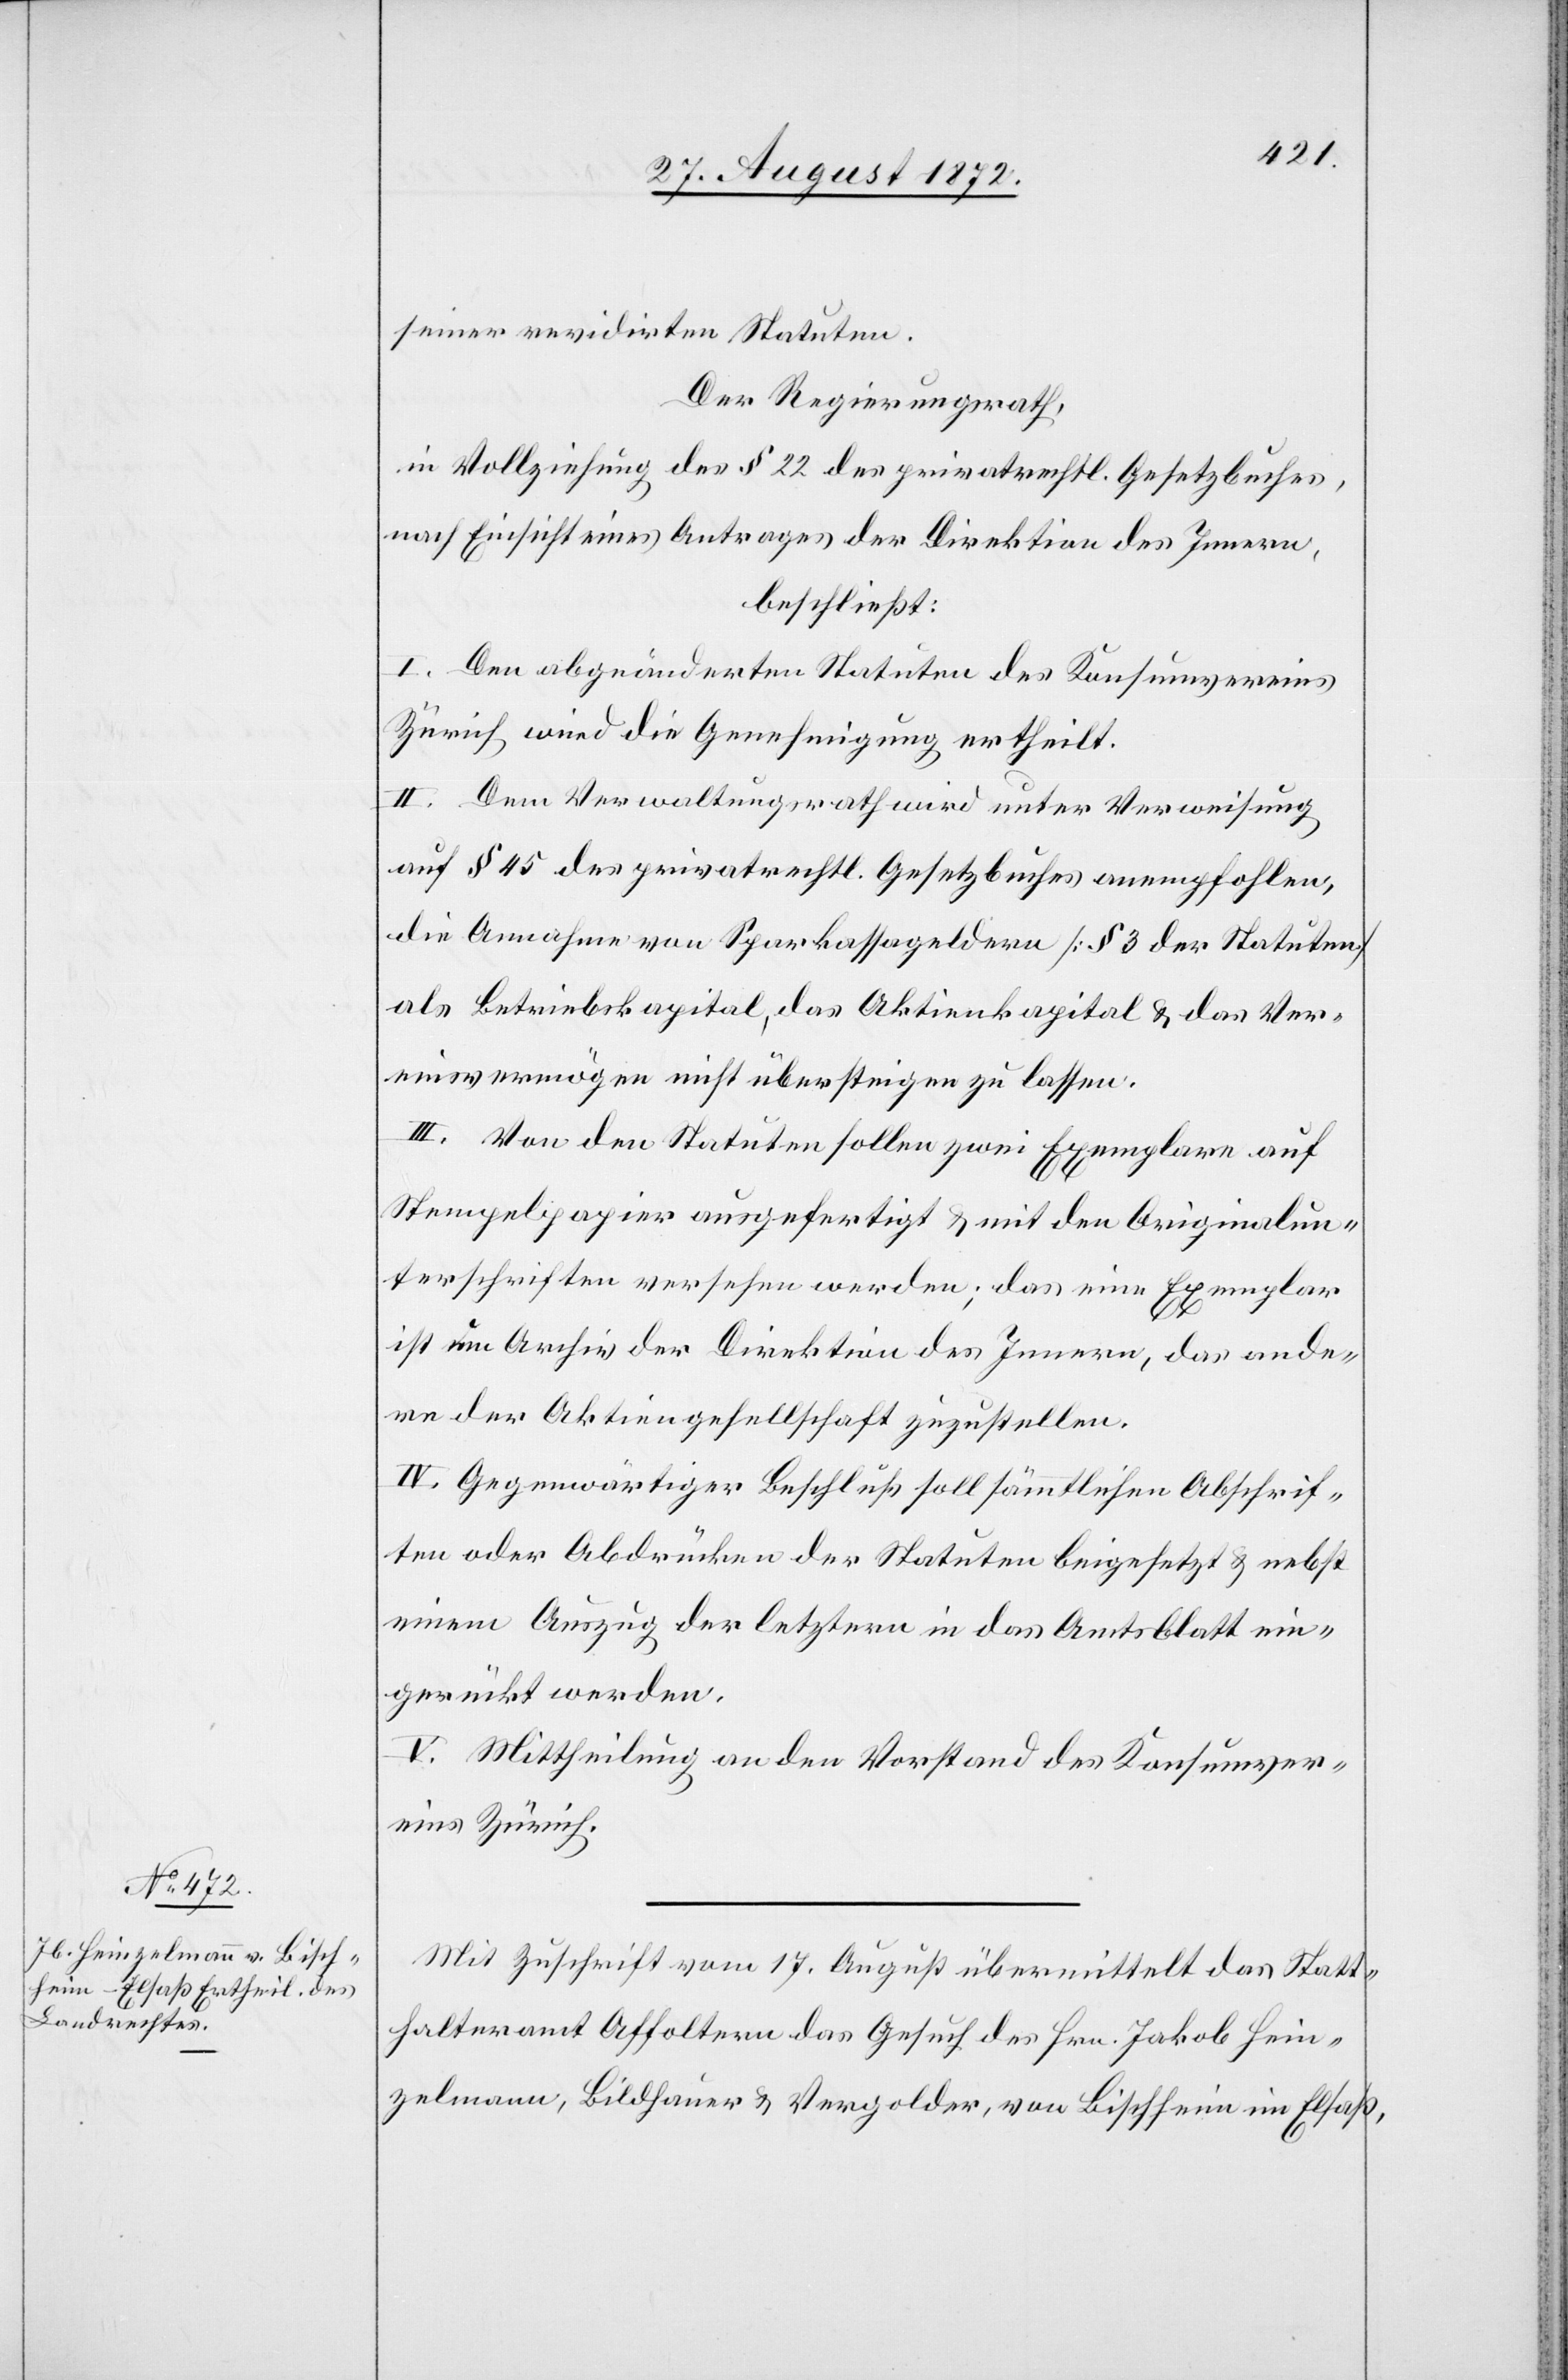
seiner revidirten Statuten.
Der Regierungsrath,
in Vollziehung des § 22 des privatrechtl. Gesetzbuches,
nach Einsicht eines Antrages der Direktion des Innern,
beschließt:
I. Den abgeänderten Statuten des Konsumvereins
Zürich wird die Genehmigung ertheilt.
II. Dem Verwaltungsrath wird unter Verweisung
auf § 45 des privatrechtl. Gesetzbuches anempfohlen,
die Annahme von Sparkassageldern [§ 3 der Statuten]
als Betriebskapital, das Aktienkapital u. das Ver¬
einsvermögen nicht übersteigen zu lassen.
III. Von den Statuten sollen zwei Exemplare auf
Stempelpapier ausgefertigt u. mit den Originalun¬
terschriften versehen werden; das eine Exemplar
ist im Archiv der Direktion des Innern, das ande¬
re der Aktiengesellschaft zuzustellen.
IV. Gegenwärtiger Beschluß soll sämmtlichen Abschrif¬
ten oder Abdrücken der Statuten beigesetzt u. nebst
einem Auszug der letztern in das Amtsblatt ein¬
gerückt werden.
V. Mittheilung an den Vorstand des Konsumver¬
eins Zürich.
Mit Zuschrift vom 17. August übermittelt das Statt¬
halteramt Affoltern das Gesuch des Hrn. Jakob Hein¬
zelmann, Bildhauer u. Vergolder, von Bischheim im Elsaß,